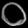
Digit: ၀